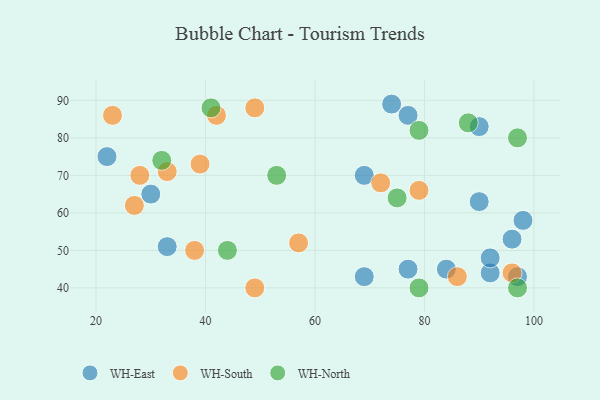
{"axis": {"x": "GDP", "y": "Life Expectancy"}, "legend": ["WH-East", "WH-North", "WH-South"], "data": [{"x": "74", "y": 89, "type": "WH-East"}, {"x": "98", "y": 58, "type": "WH-East"}, {"x": "92", "y": 44, "type": "WH-East"}, {"x": "92", "y": 48, "type": "WH-East"}, {"x": "30", "y": 65, "type": "WH-East"}, {"x": "77", "y": 45, "type": "WH-East"}, {"x": "22", "y": 75, "type": "WH-East"}, {"x": "69", "y": 70, "type": "WH-East"}, {"x": "33", "y": 51, "type": "WH-East"}, {"x": "90", "y": 63, "type": "WH-East"}, {"x": "77", "y": 86, "type": "WH-East"}, {"x": "84", "y": 45, "type": "WH-East"}, {"x": "96", "y": 53, "type": "WH-East"}, {"x": "90", "y": 83, "type": "WH-East"}, {"x": "97", "y": 43, "type": "WH-East"}, {"x": "69", "y": 43, "type": "WH-East"}, {"x": "86", "y": 43, "type": "WH-South"}, {"x": "49", "y": 88, "type": "WH-South"}, {"x": "57", "y": 52, "type": "WH-South"}, {"x": "42", "y": 86, "type": "WH-South"}, {"x": "33", "y": 71, "type": "WH-South"}, {"x": "49", "y": 40, "type": "WH-South"}, {"x": "96", "y": 44, "type": "WH-South"}, {"x": "39", "y": 73, "type": "WH-South"}, {"x": "72", "y": 68, "type": "WH-South"}, {"x": "79", "y": 66, "type": "WH-South"}, {"x": "38", "y": 50, "type": "WH-South"}, {"x": "27", "y": 62, "type": "WH-South"}, {"x": "23", "y": 86, "type": "WH-South"}, {"x": "28", "y": 70, "type": "WH-South"}, {"x": "32", "y": 74, "type": "WH-North"}, {"x": "53", "y": 70, "type": "WH-North"}, {"x": "79", "y": 82, "type": "WH-North"}, {"x": "44", "y": 50, "type": "WH-North"}, {"x": "79", "y": 40, "type": "WH-North"}, {"x": "75", "y": 64, "type": "WH-North"}, {"x": "97", "y": 40, "type": "WH-North"}, {"x": "41", "y": 88, "type": "WH-North"}, {"x": "97", "y": 80, "type": "WH-North"}, {"x": "88", "y": 84, "type": "WH-North"}]}